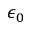
\epsilon _ { 0 }